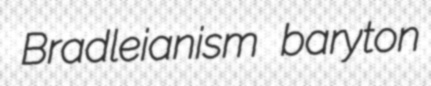
Bradleianism baryton